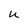
Character: U